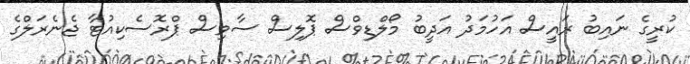
ކުރީގެ ނައިބު ރައީސް އަހުމަދު އަދީބު މޯލްޑިވްސް ޕޮލިސް ސާވިސް ޕްރޮސެކިއުޓާ ޖެނެރަލްގެ